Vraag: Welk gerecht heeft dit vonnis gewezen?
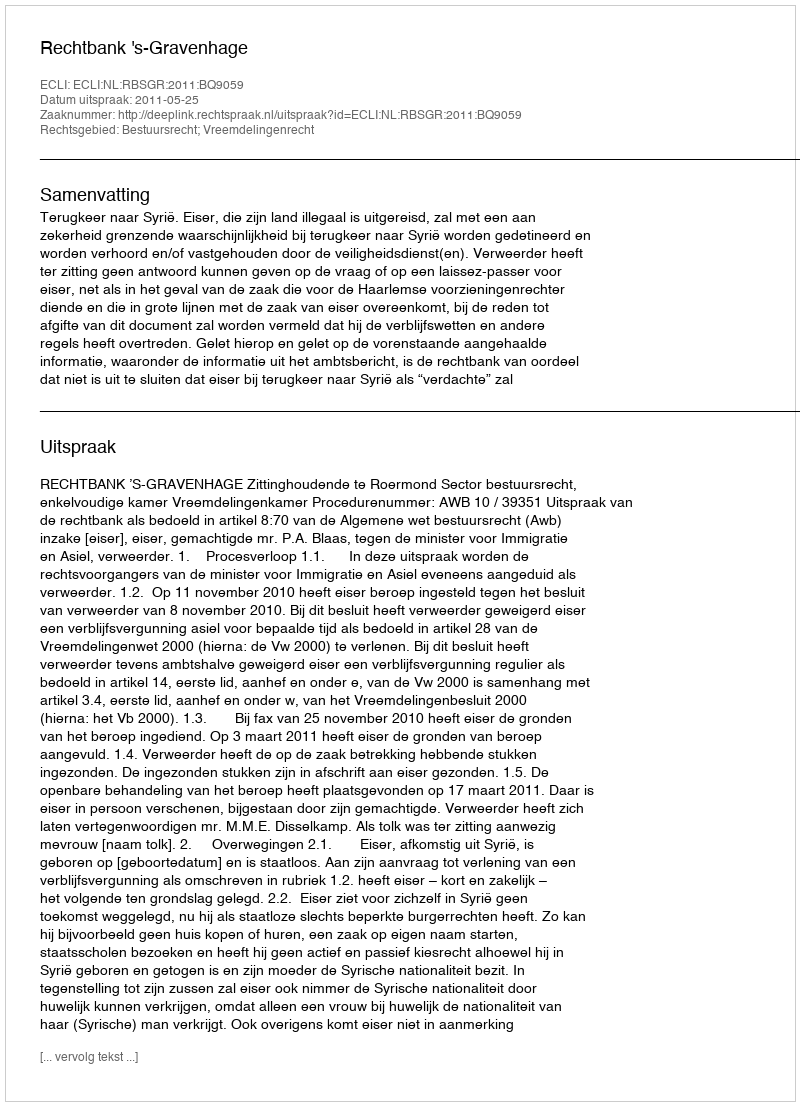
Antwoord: Rechtbank 's-Gravenhage